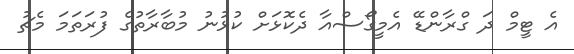
އެ ޓީމް ދަ ގްރާންޑޭ އެމީގޯސްއާ ދެކޮޅަށް ކުޅުނު މުބާރާތުގެ ފުރަތަމަ މެޗު